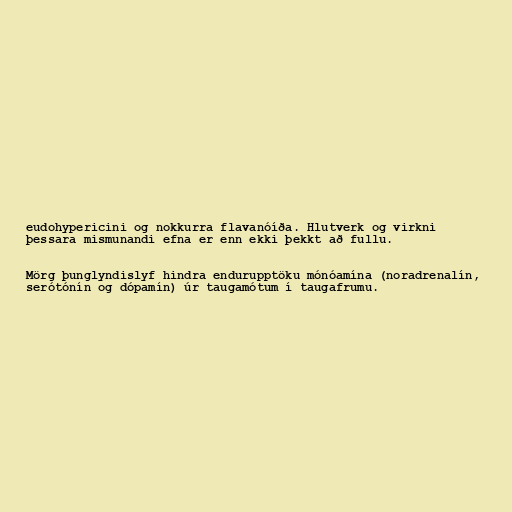
eudohypericini og nokkurra flavanóíða. Hlutverk og virkni
þessara mismunandi efna er enn ekki þekkt að fullu.

Mörg þunglyndislyf hindra endurupptöku mónóamína (noradrenalín,
serótónín og dópamín) úr taugamótum í taugafrumu.